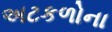
અટકળોના